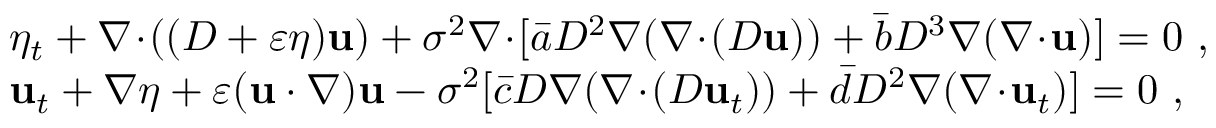
\begin{array} { r l } & { \eta _ { t } + \nabla \! \cdot \! ( ( D + \varepsilon \eta ) \mathbf { u } ) + \sigma ^ { 2 } \nabla \! \cdot \! [ \bar { a } D ^ { 2 } \nabla ( \nabla \! \cdot \! ( D \mathbf { u } ) ) + \bar { b } D ^ { 3 } \nabla ( \nabla \! \cdot \! \mathbf { u } ) ] = 0 \ , } \\ & { \mathbf { u } _ { t } + \nabla \eta + \varepsilon ( \mathbf { u } \cdot \nabla ) \mathbf { u } - \sigma ^ { 2 } [ \bar { c } D \nabla ( \nabla \! \cdot \! ( D \mathbf { u } _ { t } ) ) + \bar { d } D ^ { 2 } \nabla ( \nabla \! \cdot \! \mathbf { u } _ { t } ) ] = 0 \ , } \end{array}